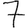
Digit: 7